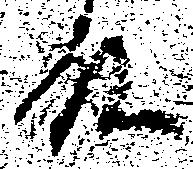
殿